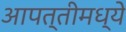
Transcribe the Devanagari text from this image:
आपत्तीमध्ये